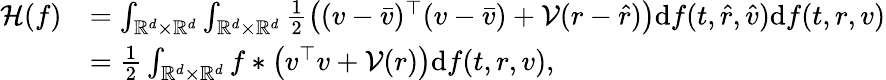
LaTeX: \begin{array}{rl}{\mathcal H(f)}&{=\int_{\mathbb R^{d}\times\mathbb R^{d}}\int_{\mathbb R^{d}\times\mathbb R^{d}}\frac{1}{2}\left((v-\bar{v})^{\top}(v-\bar{v})+\mathcal V(r-\hat{r})\right)\mathrm df(t,\hat{r},\hat{v})\mathrm df(t,r,v)}\\ &{=\frac{1}{2}\int_{\mathbb R^{d}\times\mathbb R^{d}}f\ast\big(v^{\top}v+\mathcal V(r)\big)\mathrm df(t,r,v),}\end{array}